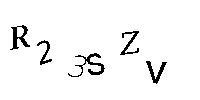
R23SZV